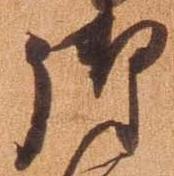
御